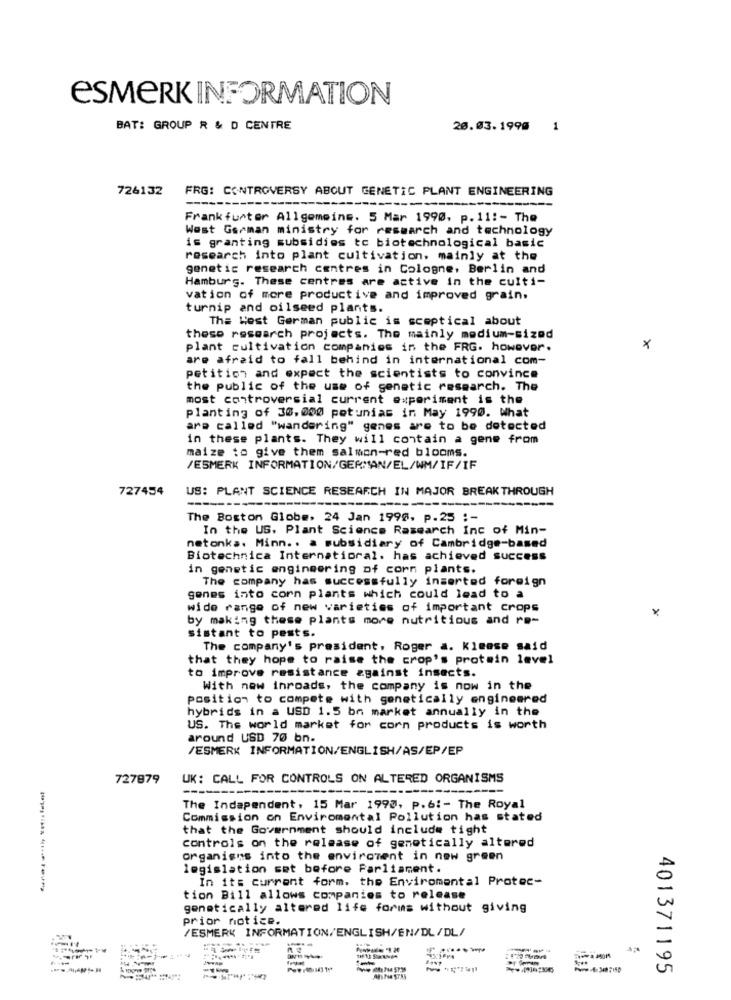
ESMERK INFORMATION
BAT: GROUP R & D CENTRE
20.03.1990
1
726132
FRG: CONTROVERSY ABOUT GENETIC PLANT ENGINEERING
Frankfurter Allgemeine. 5 Mar 1990, p.11 :- The
West German ministry for research and technology
is granting subsidies to biotechnological basic
research into plant cultivation, mainly at the
genetic research centres in Cologne, Berlin and
Hamburg. These centres are active in the culti-
vation of more productive and improved grain.
turnip and oilseed plants.
The West German public is sceptical about
these research projects. The mainly medium-sized
plant cultivation companies in the FRG. however.
×
are afraid to fall behind in international com-
petitich and expect the scientists to convince
the public of the use of genetic research. The
most controversial current experiment is the
planting of 30, 000 petunias in May 1990. What
are called "wandering" genes are to be detected
in these plants. They will contain a gene from
maize to give them salmon-red blooms.
/ESMERK INFORMATION/GERMAN/EL/WM/IF/IF
727454
US: PLANT SCIENCE RESEARCH IN MAJOR BREAKTHROUGH
The Boston Globe, 24 Jan 1998. p.25 :-
In the US. Plant Science Research Inc of Min-
netonka. Minn .. a subsidiary of Cambridge-based
Biotechnica Internatioral. has achieved success
in genetic engineering of corn plants.
The company has successfully inserted foreign
genes into corn plants which could lead to a
wide range of new varieties of important crops
x
by making these plants more nutritious and re-
sistant to pests.
The company's president. Roger a. Kimese said
that they hope to raise the crop's protein level
to improve resistance against insects.
With new inroads, the company is now in the
position to compete with genetically engineered
hybrids in a USD 1.5 bm market annually in the
US. The world market for corn products is worth
around USD 70 bn.
/ESMERK INFORMATION/ENGLISH/AS/EP/EP
727879
UK: CALL FOR CONTROLS ON ALTERED ORGANISMS
The Independent, 15 Mar 1990, p.6 :- The Royal
Commission on Enviromental Pollution has stated
that the Government should include tight
controls on the release of genetically altered
organisms into the enviroment in new green
legislation set before Parliament.
In its current form. the Enviromental Protec-
tion Bill allows companies to release
genetically altered life forms without giving
prior notice.
/ESMERK INFORMATION/ENGLISH/EN/DL/DL/
----
wow :: 3487150
401371195
Atte STAS